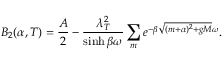
B _ { 2 } ( \alpha , T ) = \frac { A } { 2 } - \frac { \lambda _ { T } ^ { 2 } } { \sinh \beta \omega } \sum _ { m } e ^ { - \beta \sqrt { ( m + \alpha ) ^ { 2 } + g M } \omega } .